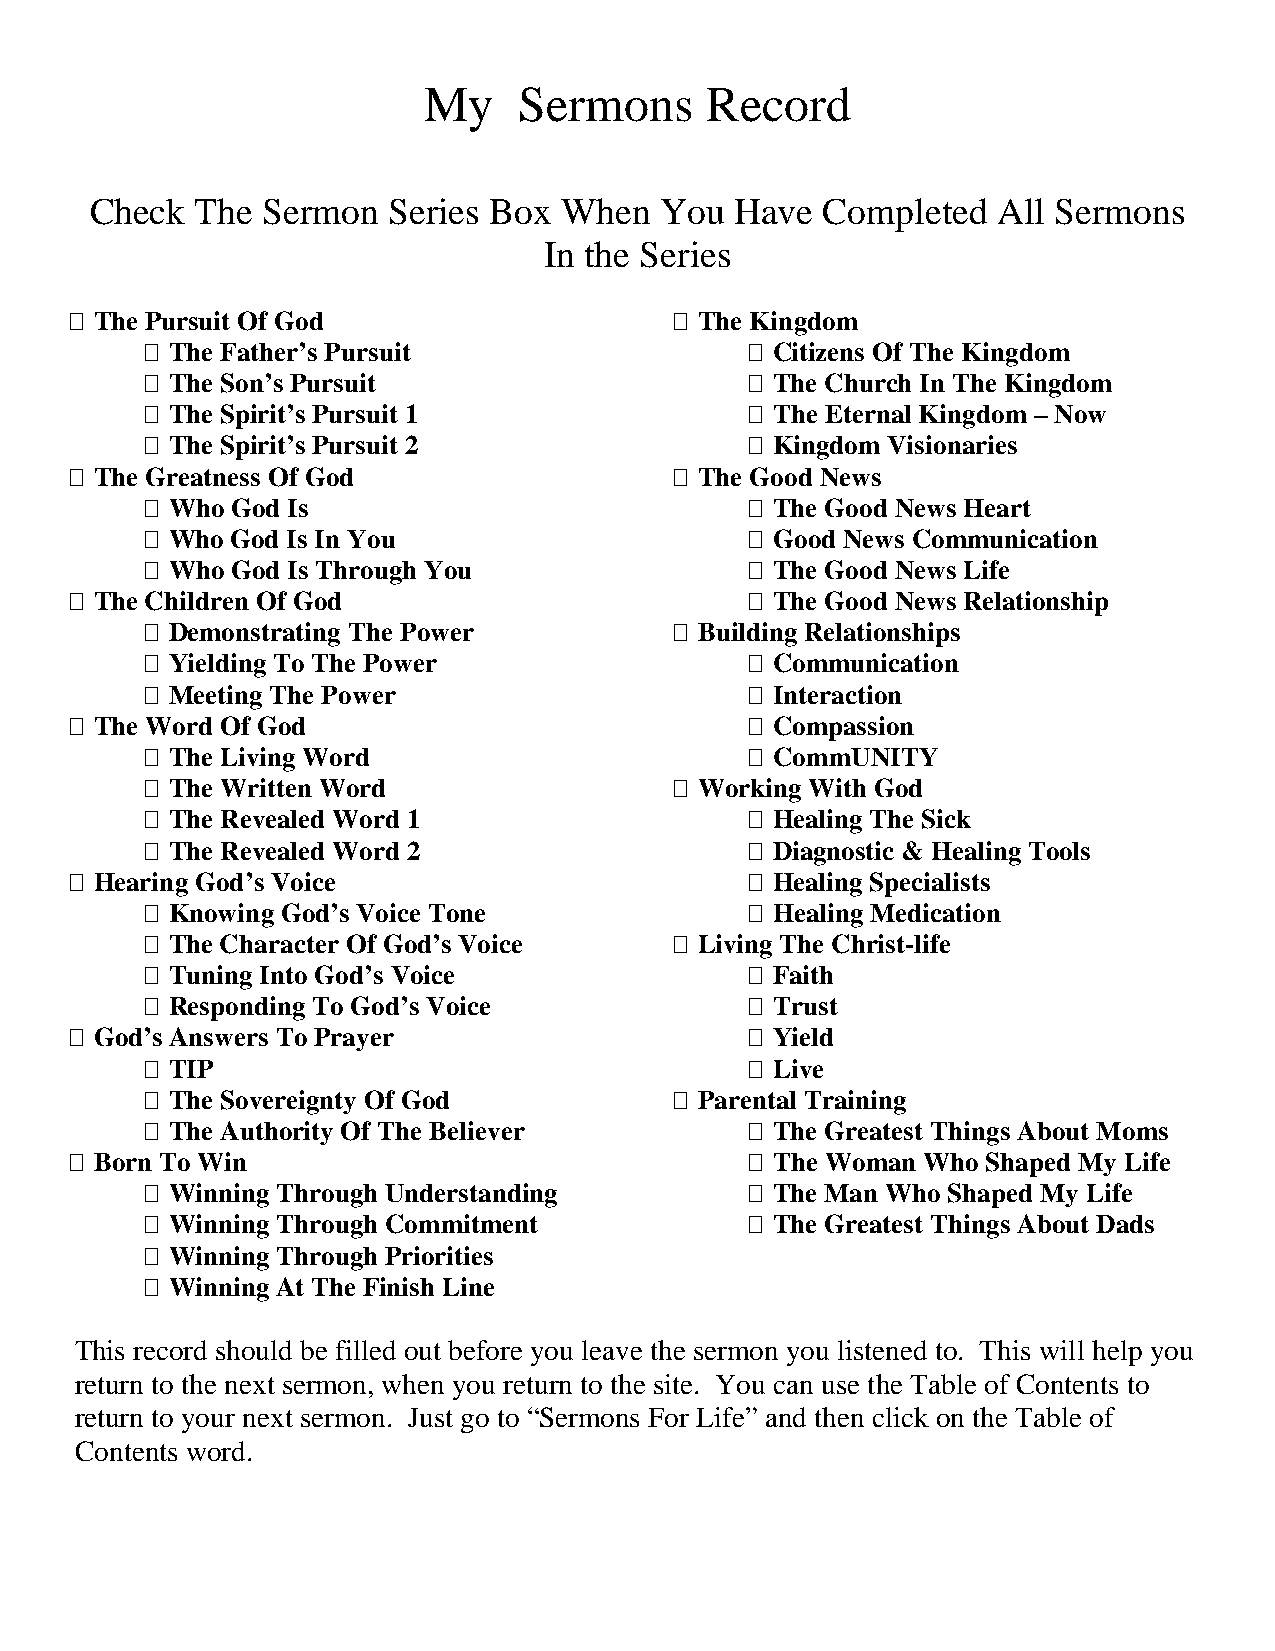
My    Sermons      Record
 Check  The Sermon   Series Box When   You  Have  Completed  All Sermons
 In the Series
  The Pursuit Of God                     The Kingdom
  The Father’s Pursuit                   Citizens Of The Kingdom
  The Son’s Pursuit                      The Church In The Kingdom
  The Spirit’s Pursuit 1                 The Eternal Kingdom – Now
  The Spirit’s Pursuit 2                 Kingdom Visionaries
  The Greatness Of God                   The Good News
  Who God Is                             The Good News Heart
  Who God Is In You                      Good News Communication
  Who God Is Through You                 The Good News Life
  The Children Of God                         The Good News Relationship
  Demonstrating The Power           Building Relationships
  Yielding To The Power                  Communication
  Meeting The Power                      Interaction
  The Word Of God                             Compassion
  The Living Word                        CommUNITY
  The Written Word                  Working With God
  The Revealed Word 1                    Healing The Sick
  The Revealed Word 2                    Diagnostic & Healing Tools
  Hearing God’s Voice                         Healing Specialists
  Knowing God’s Voice Tone               Healing Medication
  The Character Of God’s Voice      Living The Christ-life
  Tuning Into God’s Voice                Faith
  Responding To God’s Voice              Trust
  God’s Answers To Prayer                     Yield
  TIP                                    Live
  The Sovereignty Of God            Parental Training
  The Authority Of The Believer          The Greatest Things About Moms
  Born To Win                                 The Woman Who Shaped My Life
  Winning Through Understanding          The Man Who Shaped My Life
  Winning Through Commitment             The Greatest Things About Dads
  Winning Through Priorities
  Winning At The Finish Line
 This record should be filled out before you leave the sermon you listened to. This will help you
 return to the next sermon, when you return to the site. You can use the Table of Contents to
 return to your next sermon. Just go to “Sermons For Life” and then click on the Table of
 Contents word.